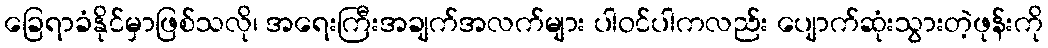
ခြေရာခံနိုင်မှာဖြစ်သလို၊ အရေးကြီးအချက်အလက်များ ပါဝင်ပါကလည်း ပျောက်ဆုံးသွားတဲ့ဖုန်းကို